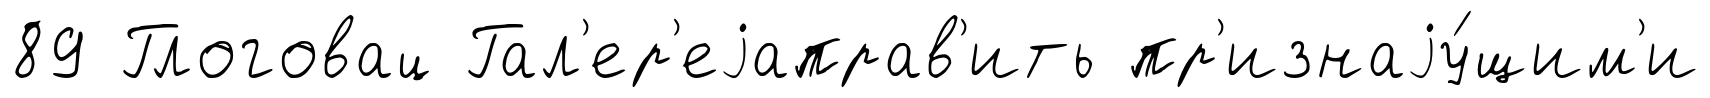
89 Глоговац Гал'ер'еjаправ'ить пр'изнаjу́щим'и